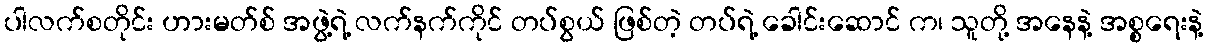
ပါလက်စတိုင်း ဟားမတ်စ် အဖွဲ့ရဲ့ လက်နက်ကိုင် တပ်စွယ် ဖြစ်တဲ့ တပ်ရဲ့ ခေါင်းဆောင် က၊ သူတို့ အနေနဲ့ အစ္စရေးနဲ့